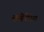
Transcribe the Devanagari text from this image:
लमिनेरिया